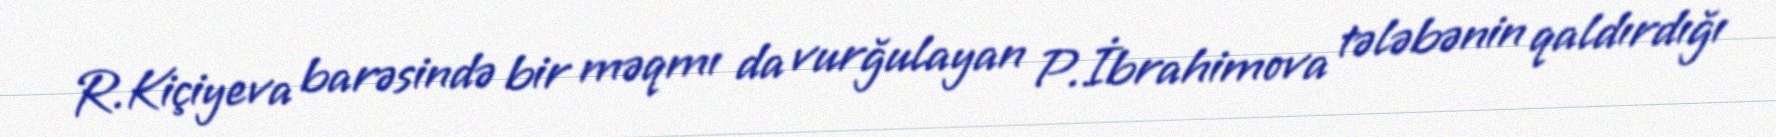
R.Kiçiyeva barəsində bir məqmı da vurğulayan P.İbrahimova tələbənin qaldırdığı